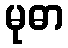
မုဓာ